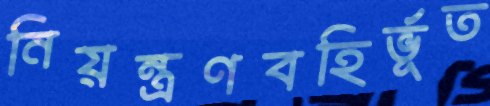
নিয়ন্ত্রণবহির্ভূত